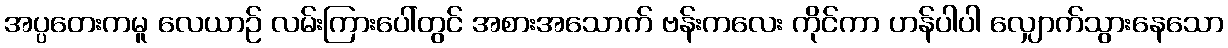
အပ္ပတေးကမူ လေယာဉ် လမ်းကြားပေါ်တွင် အစားအသောက် ဗန်းကလေး ကိုင်ကာ ဟန်ပါပါ လျှောက်သွားနေသော